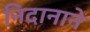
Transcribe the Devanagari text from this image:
निदानाने